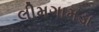
લીમગામડા